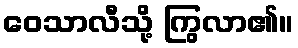
ဝေသာလီသို့ ကြွလာ၏။